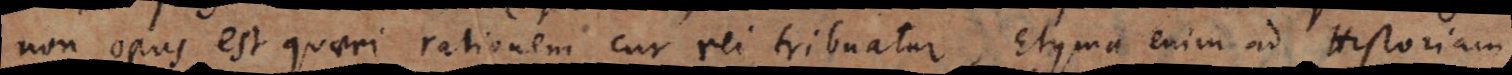
non opus est quaeri rationem cur rei tribuatur, Etyma enim ad Historiam